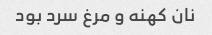
نان کهنه و مرغ سرد بود